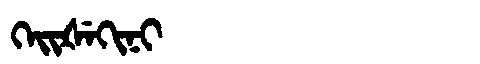
Manchu: ᡴᡝᡳᡧᡝᡴᡳᠨᡳ
Romanization: KEIŠEKINI